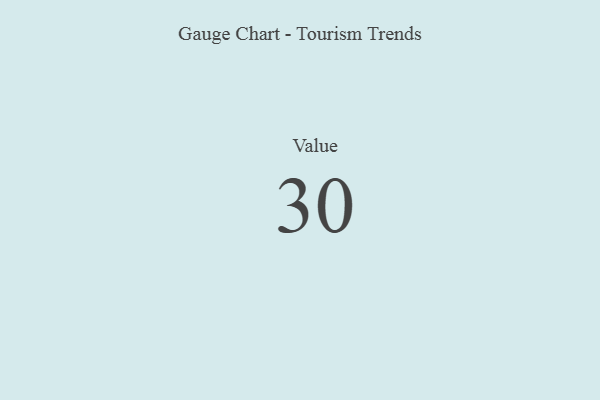
{"axis": {"x": "Metric", "y": "Value"}, "legend": [""], "data": [{"x": "Value", "y": 30, "type": ""}]}